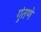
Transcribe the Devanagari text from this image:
गुंतणे